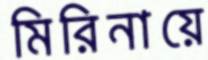
মিরিনায়ে